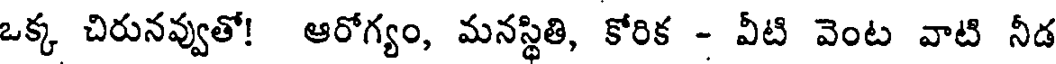
ఒక్క చిరునవ్వుతో! ఆరోగ్యం, మనస్థితి, కోరిక - వీటి వెంట వాటి నీడ